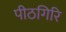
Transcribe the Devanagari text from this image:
पीठगिरि